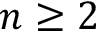
n \geq 2